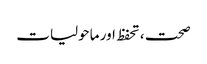
صحت ، تحفظ اور ماحولیات